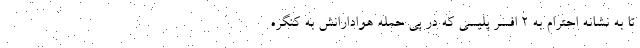
تا به نشانه احترام به ۲ افسر پلیسی که در پی حمله هوادارانش به کنگره